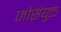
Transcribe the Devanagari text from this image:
जोसंयुक्त